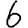
Digit: 6